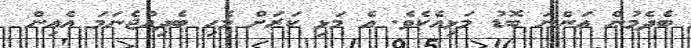
ބެދެމުން އަންނަ ބޮޑު މަޅިއެކެވެ. އެ މަޅި ކަރަށް މެހި ބެދިއްޖެނަމަ އެއިން